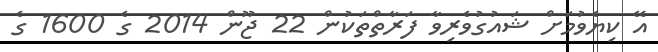
އޭ ކިޔެވުމަށް ޝައުގުވެރިވާ ފަރާތްތަކުން 22 ޖޫން 2014 ގެ 1600 ގެ